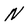
Character: N